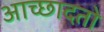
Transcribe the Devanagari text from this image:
आच्छादतो